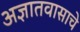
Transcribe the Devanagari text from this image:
अज्ञातवासाचे